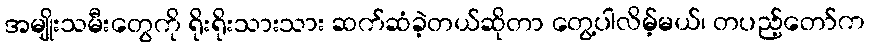
အမျိုးသမီးတွေကို ရိုးရိုးသားသား ဆက်ဆံခဲ့တယ်ဆိုတာ တွေ့ပါလိမ့်မယ်၊ တပည့်တော်က